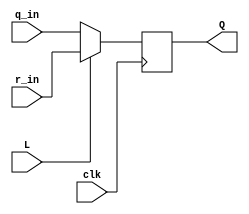
module top_module (
	input clk,
	input L,
	input r_in,
	input q_in,
	output reg Q);

wire mux_out;
assign mux_out = L?r_in:q_in;
always @(posedge clk) begin
    Q <= mux_out;
end
endmodule